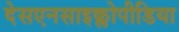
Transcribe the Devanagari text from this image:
देसएनसाइक्लोपीडिया